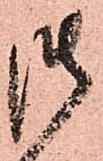
御